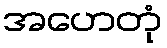
အဟေတုံ